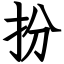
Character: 扮